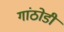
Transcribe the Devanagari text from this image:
गांठोडी